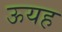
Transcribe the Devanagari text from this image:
ऊयह